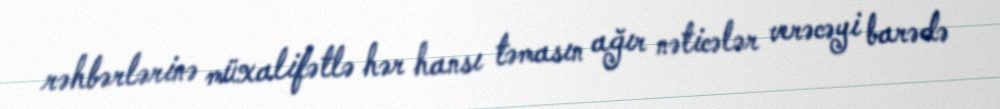
rəhbərlərinə müxalifətlə hər hansı təmasın ağır nəticələr verəcəyi barədə